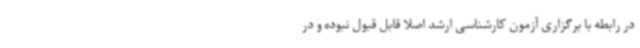
در رابطه با برگزاری آزمون کارشناسی ارشد اصلا قابل قبول نبوده و در